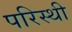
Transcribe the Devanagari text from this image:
परिस्थी